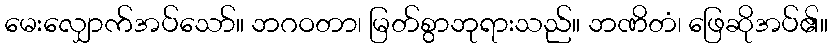
မေးလျှောက်အပ်သော်။ ဘဂဝတာ၊ မြတ်စွာဘုရားသည်။ ဘဏိတံ၊ ဖြေဆိုအပ်၏။